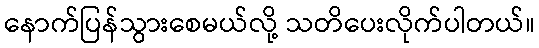
နောက်ပြန်သွားစေမယ်လို့ သတိပေးလိုက်ပါတယ်။